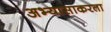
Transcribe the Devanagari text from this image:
अभ्यासाकरता